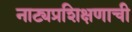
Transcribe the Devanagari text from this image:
नाट्यप्रशिक्षणाची